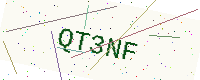
Text: QT3NF